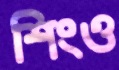
শিংও